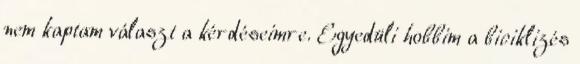
nem kaptam választ a kérdéseimre. Egyedüli hobbim a biciklizés